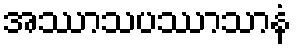
အဿာသပဿာသာနံ